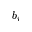
b _ { i }